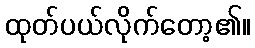
ထုတ်ပယ်လိုက်တော့၏။